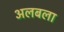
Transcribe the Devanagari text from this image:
अलबला